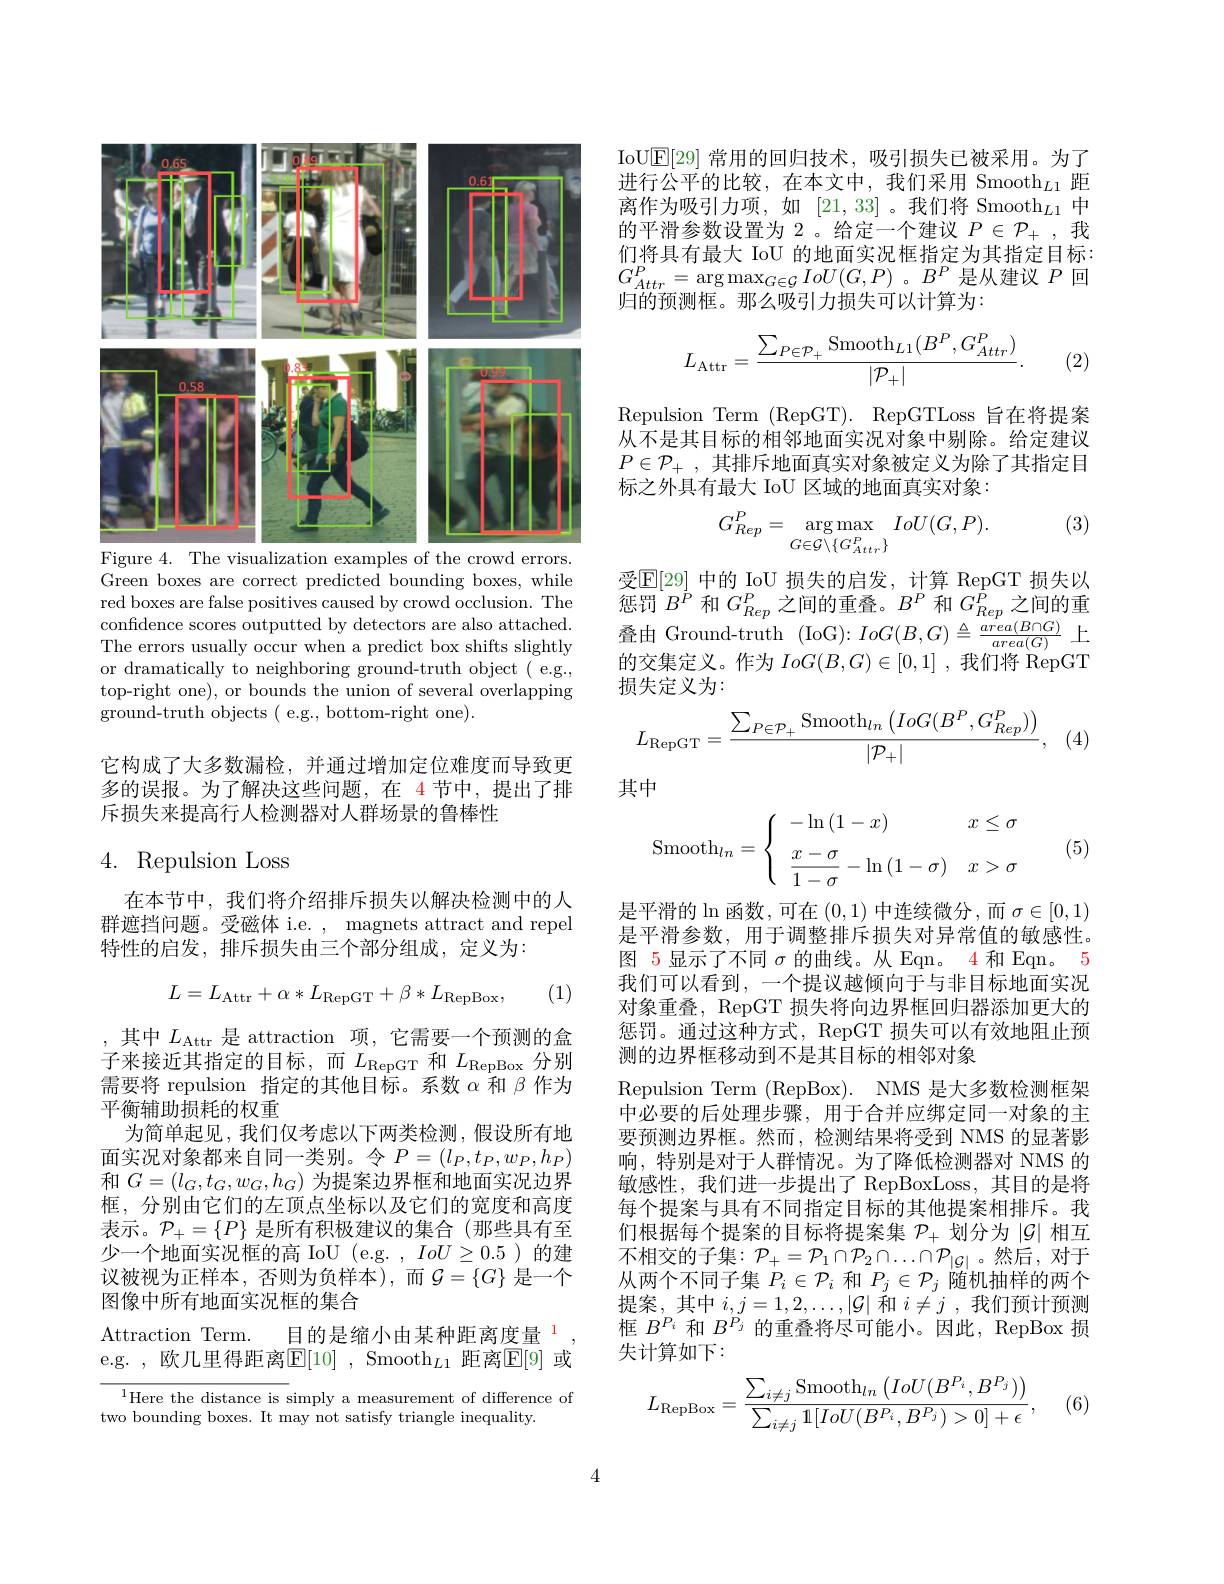
<FigureHere>
Figure 4. The visualization examples of the crowd errors.

Green boxes are correct predicted bounding boxes, while red boxes are false positives caused by crowd occlusion. The confidence scores outputted by detectors are also attached. The errors usually occur when a predict box shifts slightly or dramatically to neighboring ground-truth object ( e.g., top-right one), or bounds the union of several overlapping ground-truth objects ( e.g., bottom-right one).

它构成了大多数漏检，并通过增加定位难度而导致更多的误报。为了解决这些问题，在 4 节中，提出了排斥损失来提高行人检测器对人群场景的鲁棒性

## 4. Repulsion Loss

在本节中，我们将介绍排斥损失以解决检测中的人群遮挡问题。受磁体 i.e. , magnets attract and repel 特性的启发，排斥损失由三个部分组成，定义为：

(1)
$$L=L_{\mathrm{Attr}}+\alpha*L_{\mathrm{RepGT}}+\beta*L_{\mathrm{RepBox}},$$
,其中$L_\mathrm{Attr}$是 attraction 项，它需要一个预测的盒子来接近其指定的目标，而$L_\mathrm{RepGT}$和$L_\mathrm{RepBox}$分别需要将 repulsion 指定的其他目标。系数$\alpha$和$\beta$作为平衡辅助损耗的权重
为简单起见，我们仅考虑以下两类检测，假设所有地面实况对象都来自同一类别。令$P=(l_P,t_P,w_P,h_P)$ 和$G=(l_G,t_G,w_G,h_G)$为提案边界框和地面实况边界框，分别由它们的左顶点坐标以及它们的宽度和高度表示。$\mathcal{P}_+=\{P\}$是所有积极建议的集合(那些具有至少一个地面实况框的高 IoU (e.g. , $IoU\geq0.5$)的建议被视为正样本，否则为负样本),而$\mathcal{G}=\{G\}$ 是一个图像中所有地面实况框的集合
Attraction Term. 目的是缩小由某种距离度量 1 e.g. , 欧几里得距离$\mathbb{E}[10]$ , Smooth$_L1$ 距离$\mathbb{E}[9]$ 或

$^{1}$Here the distance is simply a measurement of difference of
two bounding boxes. It may not satisfy triangle inequality.

IoU$\mathbb{E}[29]$常用的回归技术，吸引损失已被采用。为了进行公平的比较，在本文中，我们采用 Smooth$_L1$距离作为吸引力项，如[21,33] 。我们将 Smooth$_L1$中的平滑参数设置为 2。给定一个建议$P\in\mathcal{P}_+$ ,我们将具有最大 IoU 的地面实况框指定为其指定目标： $G_{Attr}^{P}=\arg\max_{G\in\mathcal{G}}IoU(G,P)$。$B^P$是从建议$P$回归的预测框。那么吸引力损失可以计算为：
$$L_{\mathrm{Attr}}=\frac{\sum_{P\in\mathcal{P}_{+}}\mathrm{Smooth}_{L1}(B^P,G_{Attr}^P)}{|\mathcal{P}_{+}|}.$$
(2)

Repulsion Term ( RepGT) . RepGTLoss 旨在将提案从不是其目标的相邻地面实况对象中剔除。给定建议$P\in \mathcal{P} _+$ ,其排斥地面真实对象被定义为除了其指定目标之外具有最大 IoU 区域的地面真实对象：

(3)
$$G_{Rep}^P=\underset{G\in\mathcal{G}\setminus\{G_{Attr}^P\}}{\arg\max}\quad IoU(G,P).$$
受$\mathbb{E}[29]$ 中的 IoU 损失的启发，计算 RepGT 损失以惩罚$B^P$和$G_{Rep}^P$之间的重叠。$B^P$和$G_Rep^P$之间的重叠由 Ground-truth (IoG$):IoG(B,G)\triangleq\frac{area(B\cap G)}{area(G)}$上的交集定义。作为$IoG(B,G)\in[0,1]$ ,我们将 RepGT 损失定义为：
$$L_{\text{RepGT}}=\frac{\sum_{P\in\mathcal{P}_+}\text{Smooth}_{ln}\left(IoG(B^P,G_{Rep}^P)\right)}{|\mathcal{P}_+|},$$
(4)

其中
$$\mathrm{Smooth}_{ln}=\begin{cases}&-\ln{(1-x)}&x\leq\sigma\\&\dfrac{x-\sigma}{1-\sigma}-\ln{(1-\sigma)}&x>\sigma\end{cases}$$
(5)

是平滑的$\ln$函数，可在(0,1) 中连续微分，而 $\sigma\in[0,1)$ 是平滑参数，用于调整排斥损失对异常值的敏感性。图 5显示了不同$\sigma$的曲线。从 Eqn。4 和 Eqn。5我们可以看到，一个提议越倾向于与非目标地面实况对象重叠，RepGT 损失将向边界框回归器添加更大的惩罚。通过这种方式，RepGT 损失可以有效地阻止预测的边界框移动到不是其目标的相邻对象
Repulsion Term (RepBox). NMS 是大多数检测框架中必要的后处理步骤，用于合并应绑定同一对象的主要预测边界框。然而，检测结果将受到 NMS 的显著影响，特别是对于人群情况。为了降低检测器对 NMS 的敏感性，我们进一步提出了 RepBoxLoss,其目的是将每个提案与具有不同指定目标的其他提案相排斥。我们根据每个提案的目标将提案集$\mathcal{P}_+$划分为$|\mathcal{G}|$相互不相交的子集$:\mathcal{P}_+=\mathcal{P}_1\cap\mathcal{P}_2\cap\ldots\cap\mathcal{P}_{|\mathcal{G}|}$。然后，对于从两个不同子集$P_i\in\mathcal{P}_i$和$P_j\in\mathcal{P}_j$随机抽样的两个提案，其中$i,j=1,2,\ldots,|\mathcal{G}|$和$i\neq j$ ,我们预计预测框$B^{P_i}$和$B^{P_j}$的重叠将尽可能小。因此，RepBox 损失计算如下：
$$L_{\text{RepBox}}=\frac{\sum_{i\neq j}\text{Smooth}_{ln}\left(IoU(B^{P_i},B^{P_j})\right)}{\sum_{i\neq j}1[IoU(B^{P_i},B^{P_j})>0]+\epsilon},$$
(6)

4